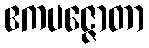
ဧကပဇ္ဇောတာ